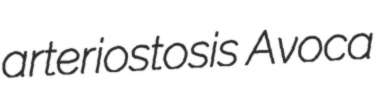
arteriostosis Avoca